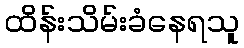
ထိန်းသိမ်းခံနေရသူ